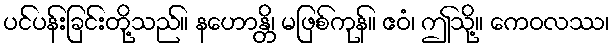
ပင်ပန်းခြင်းတို့သည်။ နဟောန္တိ၊ မဖြစ်ကုန်။ ဧဝံ၊ ဤသို့။ ကေဝလဿ၊